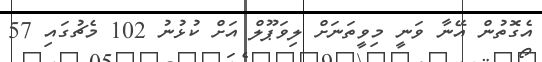
އެގޮތުން އޭނާ ވަނީ މިވީތަނަށް ލިވަޕޫލް އަށް ކުޅުނު 102 މެޗުގައި 57